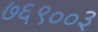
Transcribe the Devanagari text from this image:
७६९००३